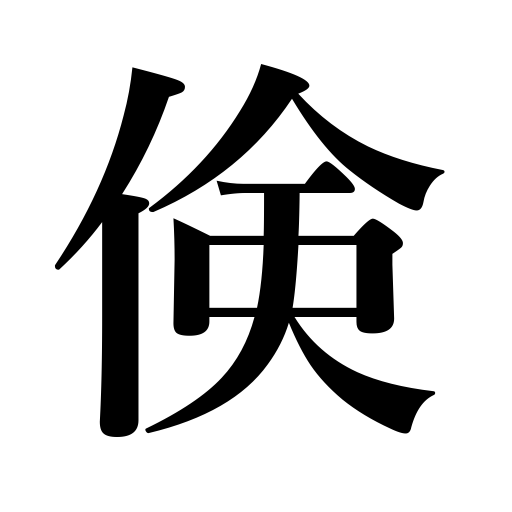
Meanings: economy